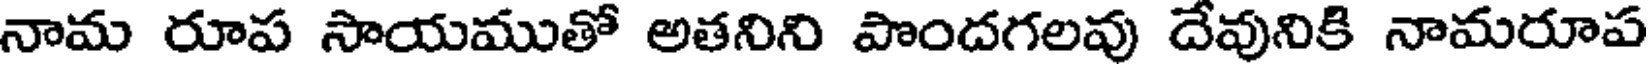
నామ రూప సాయముతో అతనిని పొందగలవు దేవునికి నామరూప